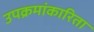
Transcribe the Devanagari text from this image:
उपक्रमांकारिता